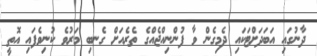
ދާނުގައި އަބަދަށްޓަކައި ދެމިގެން ވާ ފުންނިއްޖެއްގެ ތެރެއަށް ގެނބި މަރުވެ ކުނިވެފައި އޮތީ